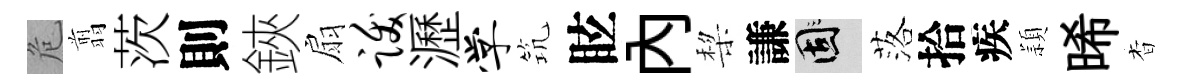
危翦茨則鋏扇跋瀝学𥬑眩內棃謙固落拾疾頴晞杳